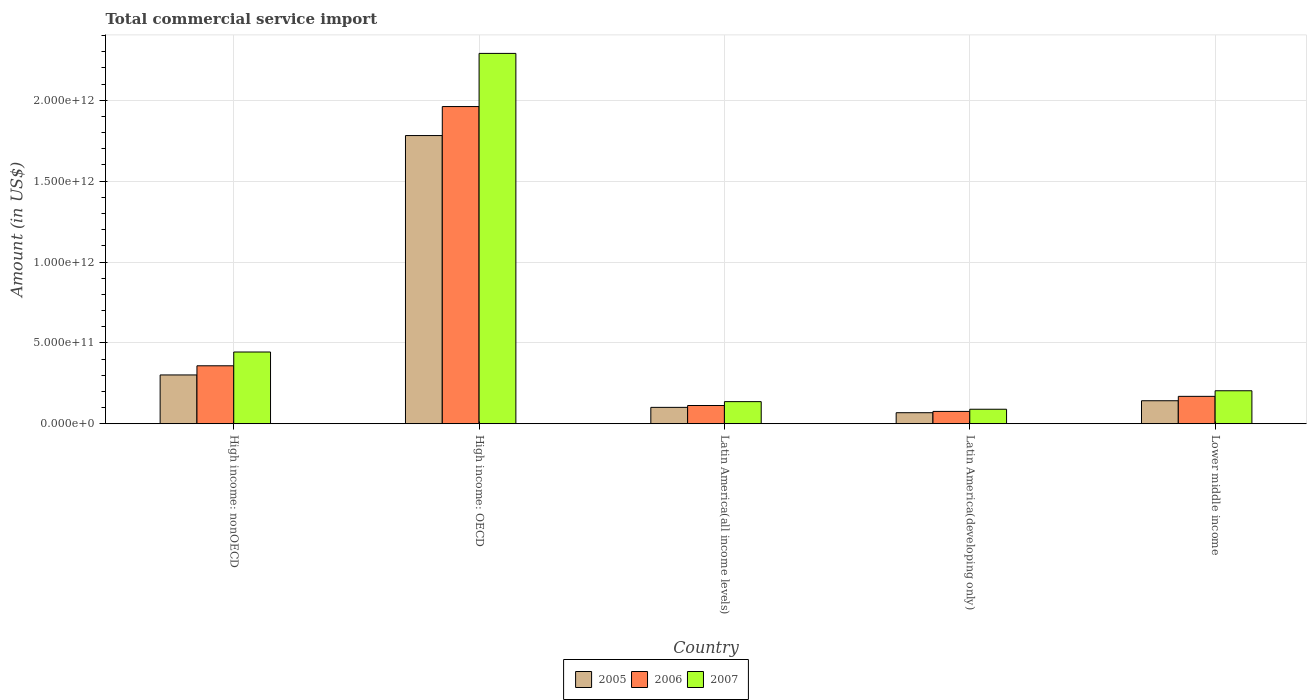
| Country | 2005 | 2006 | 2007 |
 | --- | --- | --- | --- |
 | High income: nonOECD | 3.02e+11 | 3.58e+11 | 4.44e+11 |
 | High income: OECD | 1.78e+12 | 1.96e+12 | 2.29e+12 |
 | Latin America(all income levels) | 1.01e+11 | 1.13e+11 | 1.37e+11 |
 | Latin America(developing only) | 6.81e+10 | 7.62e+10 | 8.96e+10 |
 | Lower middle income | 1.42e+11 | 1.69e+11 | 2.04e+11 |